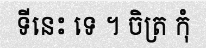
ទីនេះ ទេ ។ ចិត្រ កុំ